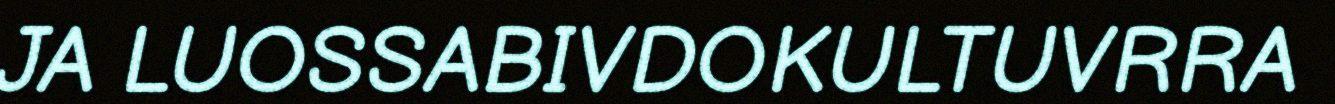
JA LUOSSABIVDOKULTUVRRA